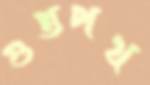
গুপ্তপথ